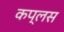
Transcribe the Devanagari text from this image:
कप्लस